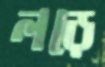
লড়ে